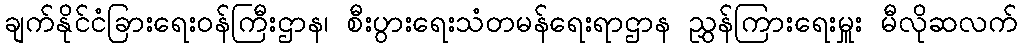
ချက်နိုင်ငံခြားရေးဝန်ကြီးဌာန၊ စီးပွားရေးသံတမန်ရေးရာဌာန ညွှန်ကြားရေးမှူး မီလိုဆလက်